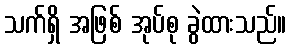
သက်ရှိ အဖြစ် အုပ်စု ခွဲထားသည်။